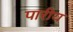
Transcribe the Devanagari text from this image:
पारीय